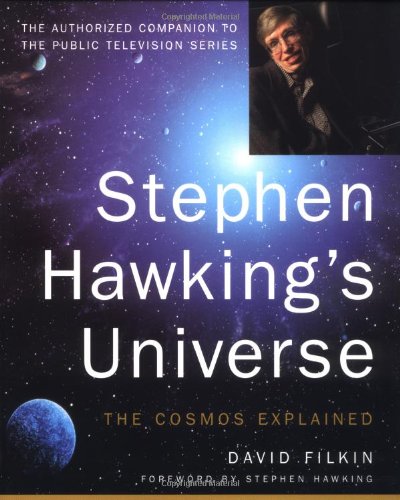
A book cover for Stephen Hawking's Universe: The Cosmos Explained; David Filkin; Science & Math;